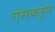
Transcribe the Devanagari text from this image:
एंसक्लूस